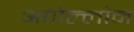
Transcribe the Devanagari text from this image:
अपोल्लोन